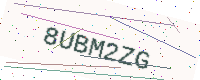
Text: 8UBM2ZG